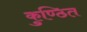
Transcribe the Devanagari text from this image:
कुण्ठित